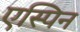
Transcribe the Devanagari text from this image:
एस्पिन